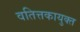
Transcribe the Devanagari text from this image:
वतित्तकायुक्त